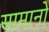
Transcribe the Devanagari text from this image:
सामानो